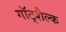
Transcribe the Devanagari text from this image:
गॉट्शैल्क